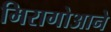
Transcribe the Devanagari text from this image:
मिरागोआने